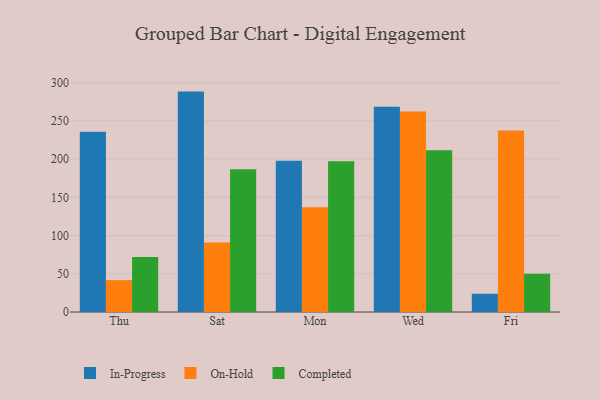
{"axis": {"x": "Day", "y": "Satisfaction Score"}, "legend": ["Completed", "In-Progress", "On-Hold"], "data": [{"x": "Thu", "y": 235.7, "type": "In-Progress"}, {"x": "Thu", "y": 41.7, "type": "On-Hold"}, {"x": "Thu", "y": 72.1, "type": "Completed"}, {"x": "Sat", "y": 288.3, "type": "In-Progress"}, {"x": "Sat", "y": 90.9, "type": "On-Hold"}, {"x": "Sat", "y": 186.6, "type": "Completed"}, {"x": "Mon", "y": 197.9, "type": "In-Progress"}, {"x": "Mon", "y": 136.9, "type": "On-Hold"}, {"x": "Mon", "y": 197.2, "type": "Completed"}, {"x": "Wed", "y": 268.4, "type": "In-Progress"}, {"x": "Wed", "y": 262.4, "type": "On-Hold"}, {"x": "Wed", "y": 211.7, "type": "Completed"}, {"x": "Fri", "y": 23.9, "type": "In-Progress"}, {"x": "Fri", "y": 237.4, "type": "On-Hold"}, {"x": "Fri", "y": 49.9, "type": "Completed"}]}